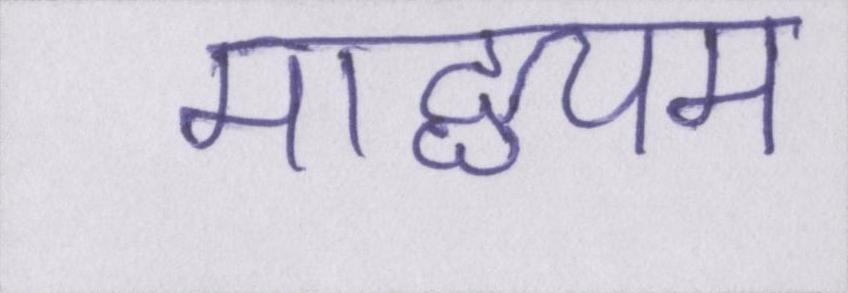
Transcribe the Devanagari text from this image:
माद्ध्यम